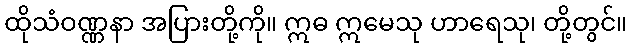
ထိုသံဝဏ္ဏနာ အပြားတို့ကို။ ဣဓ ဣမေသု ဟာရေသု၊ တို့တွင်။